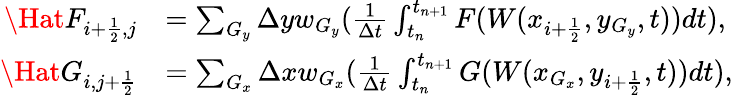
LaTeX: \begin{array}{rl}{\Hat F_{i+\frac{1}{2},j}}&{=\sum_{G_{y}}\Delta yw_{G_{y}}(\frac{1}{\Delta t}\int_{t_{n}}^{t_{n+1}}F(W(x_{i+\frac{1}{2}},y_{G_{y}},t))dt),}\\ {\Hat G_{i,j+\frac{1}{2}}}&{=\sum_{G_{x}}\Delta xw_{G_{x}}(\frac{1}{\Delta t}\int_{t_{n}}^{t_{n+1}}G(W(x_{G_{x}},y_{i+\frac{1}{2}},t))dt),}\end{array}